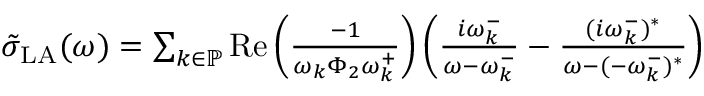
\begin{array} { r } { \tilde { \sigma } _ { \mathrm { L A } } ( \omega ) = \sum _ { k \in \mathbb { P } } \operatorname { R e } \left( \frac { - 1 } { \omega _ { k } \Phi _ { 2 } \omega _ { k } ^ { + } } \right) \left( \frac { i \omega _ { k } ^ { - } } { \omega - \omega _ { k } ^ { - } } - \frac { ( i \omega _ { k } ^ { - } ) ^ { * } } { \omega - ( - \omega _ { k } ^ { - } ) ^ { * } } \right) } \end{array}